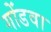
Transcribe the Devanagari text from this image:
गोंडवा